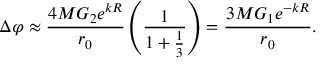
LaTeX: \Delta \varphi \approx \frac { 4 M G _ { 2 } e ^ { k R } } { r _ { 0 } } \left( \frac { 1 } { 1 + \frac { 1 } { 3 } } \right) = \frac { 3 M G _ { 1 } e ^ { - k R } } { r _ { 0 } } .